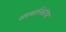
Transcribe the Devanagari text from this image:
संस्थानिकांचा